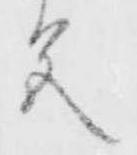
色